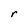
Character: r